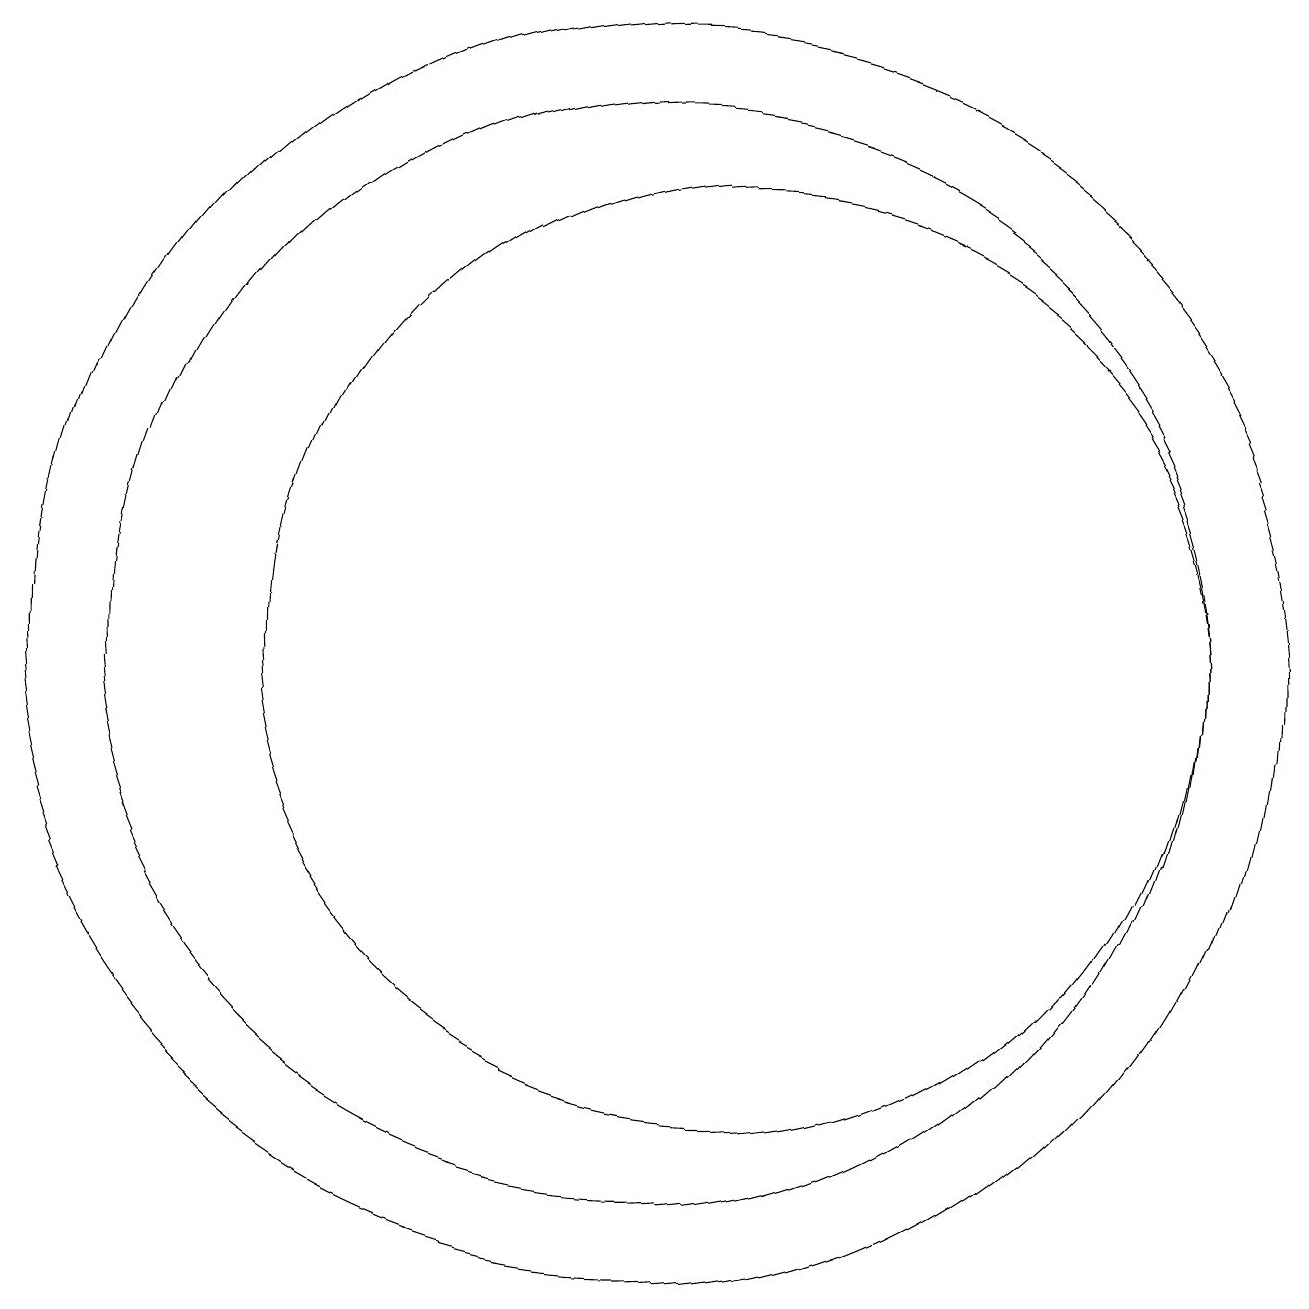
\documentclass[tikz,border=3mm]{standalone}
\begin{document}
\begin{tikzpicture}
\draw (10,11) circle (7);
\draw (10,11) circle (8);
\draw (11,11) circle (6);
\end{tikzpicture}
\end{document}